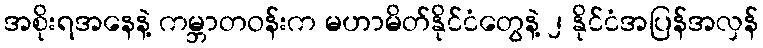
အစိုးရအနေနဲ့ ကမ္ဘာတဝန်းက မဟာမိတ်နိုင်ငံတွေနဲ့ ၂ နိုင်ငံအပြန်အလှန်